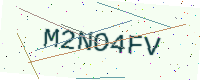
Text: M2NO4FV